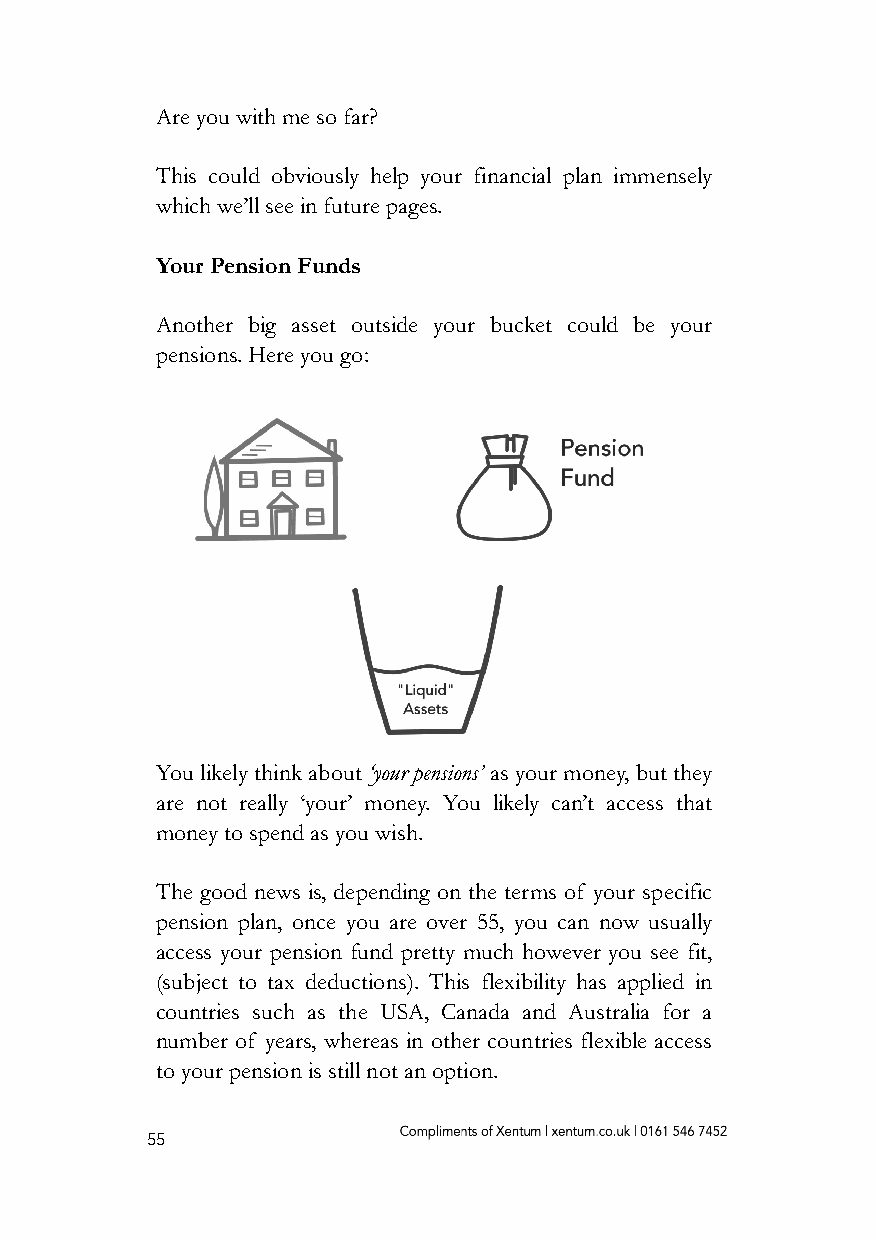
Are you with me so far?
 This could obviously help your financial plan immensely
 which we’ll see in future pages.
 Your Pension Funds
 Another big asset outside your bucket could be your
 pensions. Here you go:
 You likely think about ‘your pensions’ as your money, but they
 are not really ‘your’ money. You likely can’t access that
 money to spend as you wish.
 The good news is, depending on the terms of your specific
 pension plan, once you are over 55, you can now usually
 access your pension fund pretty much however you see fit,
 (subject to tax deductions). This flexibility has applied in
 countries such as the USA, Canada and Australia for a
 number of years, whereas in other countries flexible access
 to your pension is still not an option.
 55